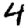
Digit: 4